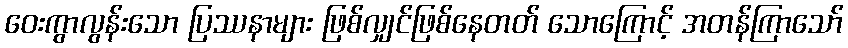
ဝေးကွာလွန်းသော ပြဿနာများ ဖြစ်လျှင်ဖြစ်နေတတ် သောကြောင့် အတန်ကြာသော်